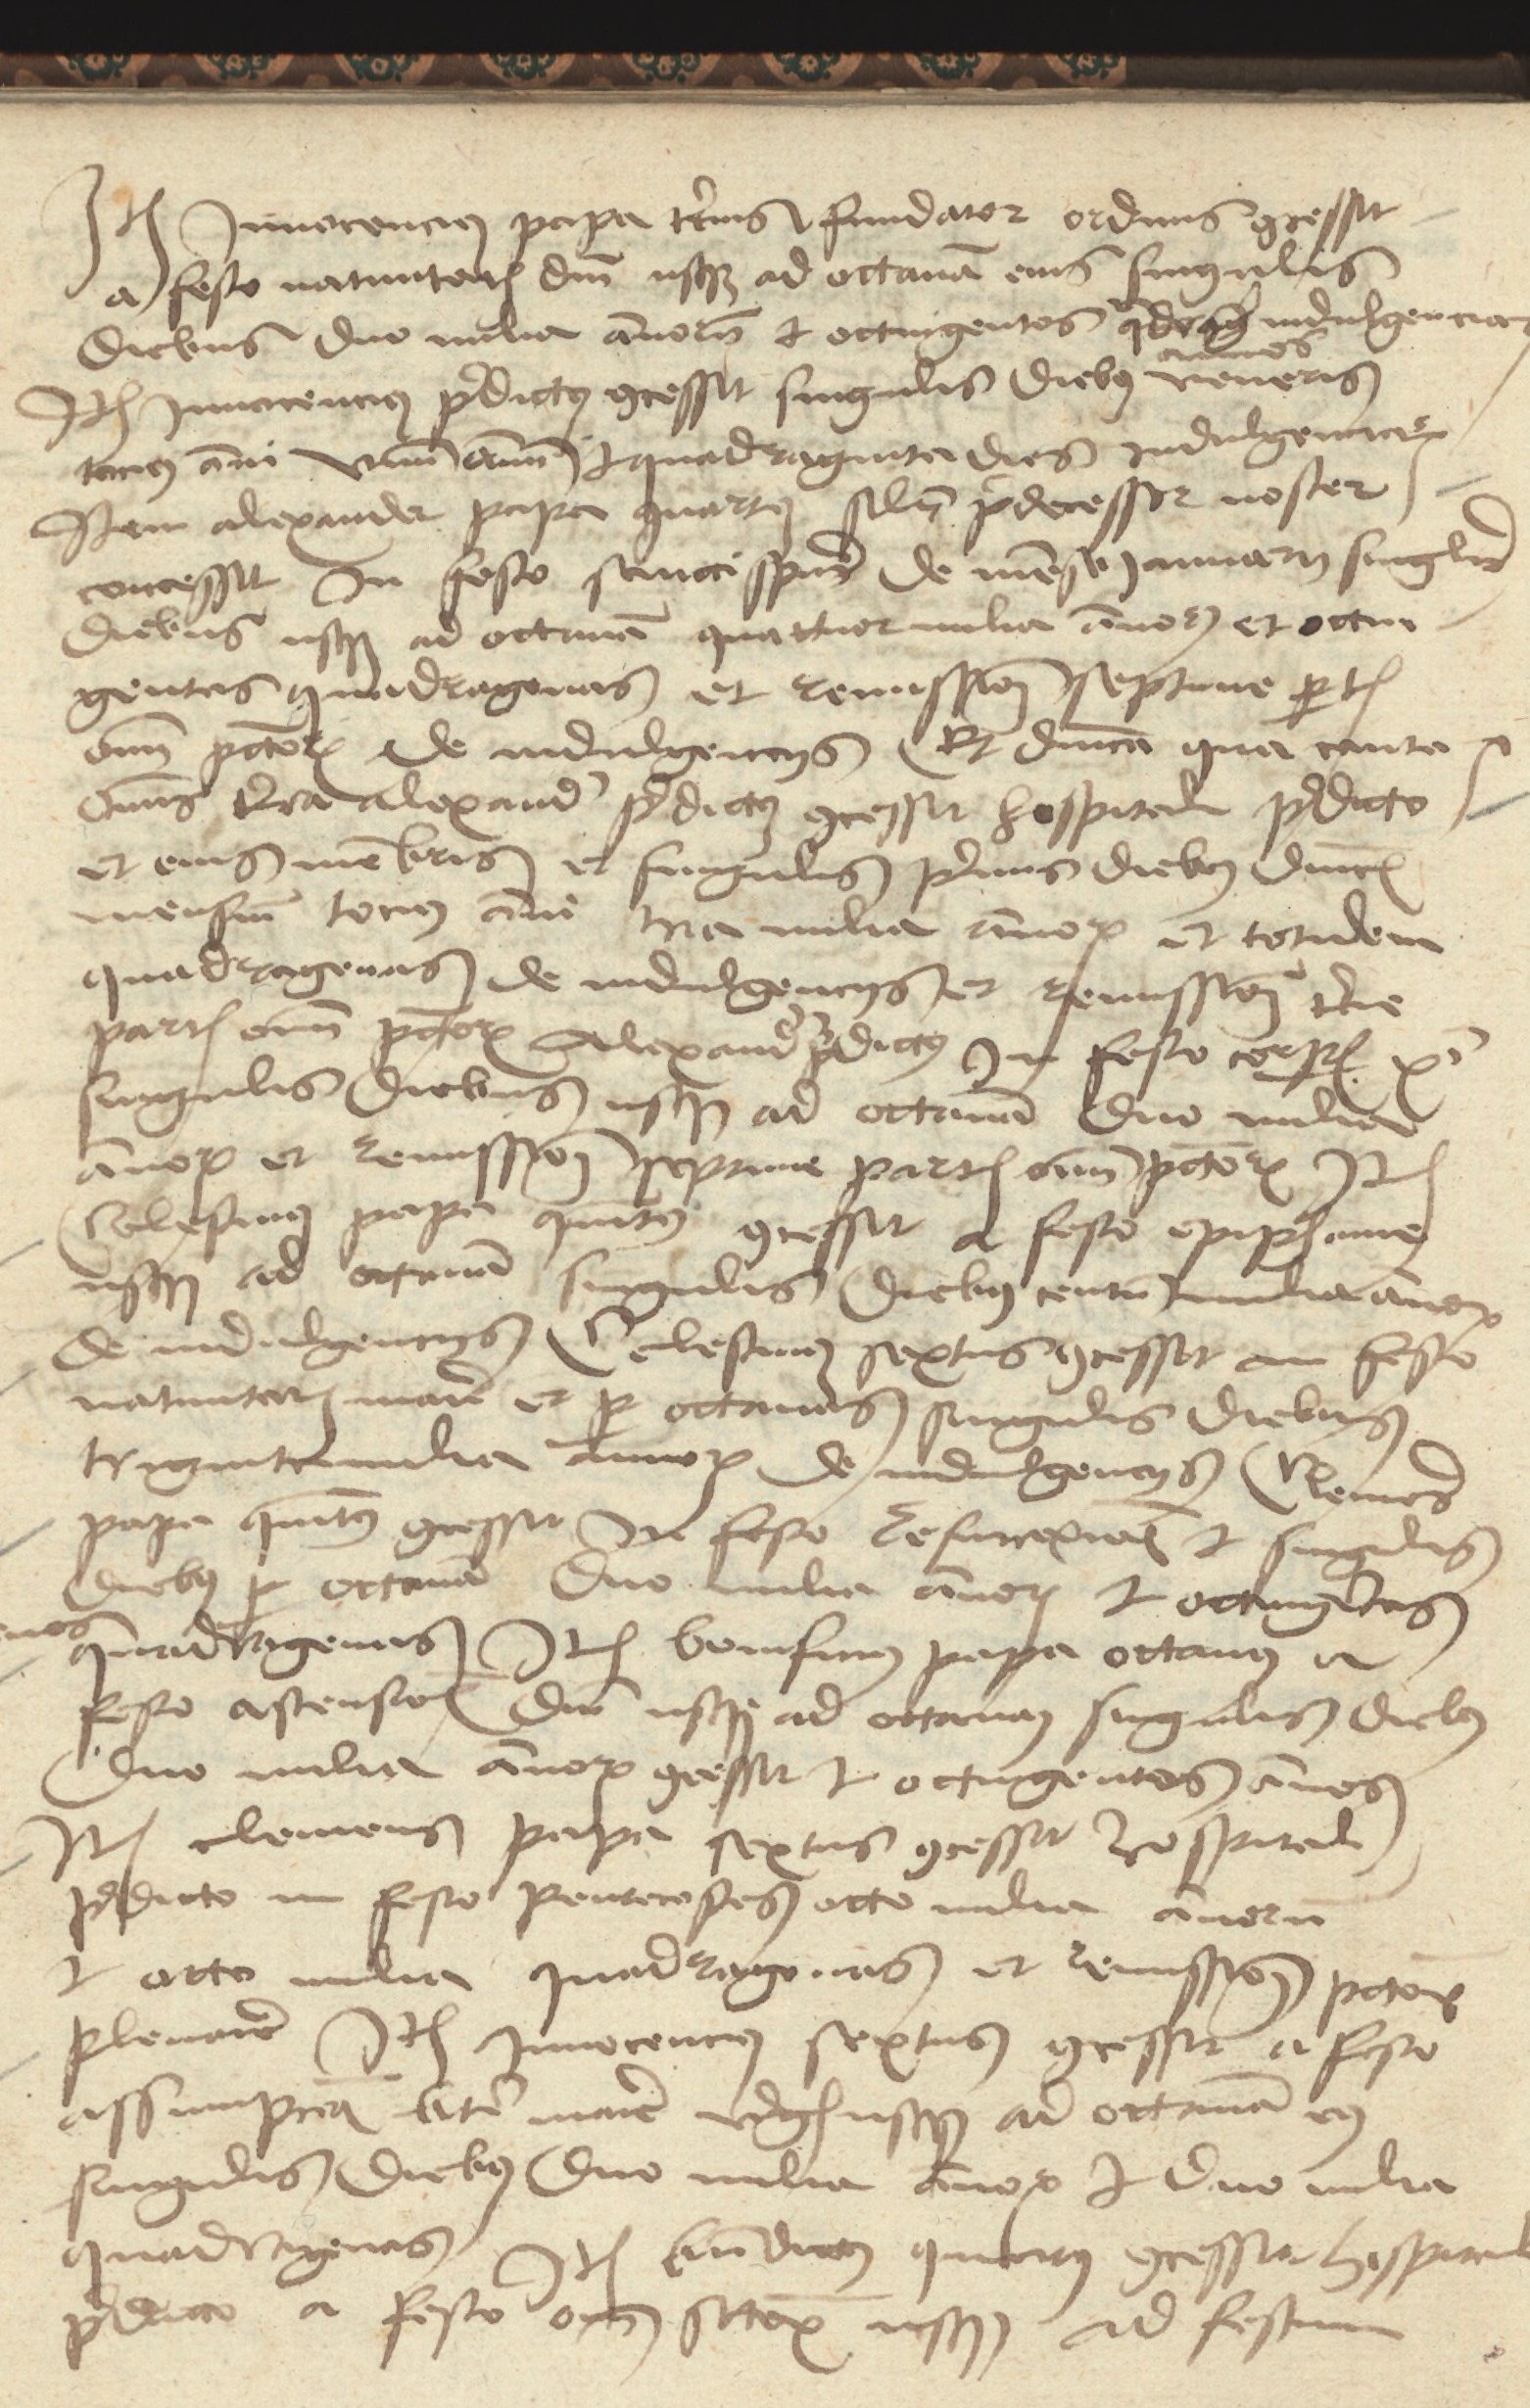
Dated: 1480–1499